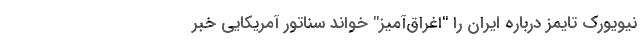
نیویورک تایمز درباره ایران را "اغراق‌آمیز" خواند سناتور آمریکایی خبر